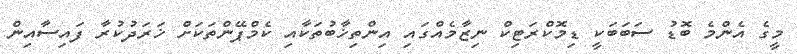
މީގެ އެންމެ ބޮޑު ސަބަބަކީ ޑިމޮކްރަޓިކް ނިޒާމެއްގައި އިންތިޚާބުތަކާއި ކެމްޕޭންތަކަށް ޚަރަދުކުރާ ފައިސާއިން